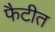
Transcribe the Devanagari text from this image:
फैटीत